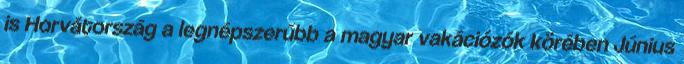
is Horvátország a legnépszerűbb a magyar vakációzók körében Június